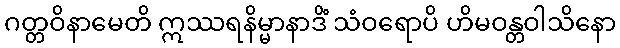
ဂတ္တဝိနာမေတိ ဣဿရနိမ္မာနာဒိံ သံဝရောပိ ဟိမဝန္တဝါသိနော